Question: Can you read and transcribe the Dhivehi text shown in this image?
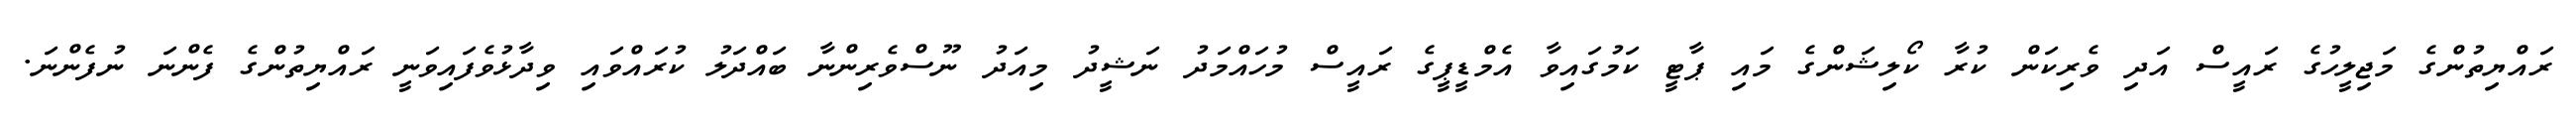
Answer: ރައްޔިތުންގެ މަޖިލީހުގެ ރައީސް އަދި ވެރިކަން ކުރާ ކޯލިޝަންގެ މައި ޕާޓީ ކަމުގައިވާ އެމްޑީޕީގެ ރައީސް މުހައްމަދު ނަޝީދު މިއަދު ނޫސްވެރިންނާ ބައްދަލު ކުރައްވައި ވިދާޅުވެފައިވަނީ ރައްޔިތުންގެ ފެންނަ ނުފެންނަ.